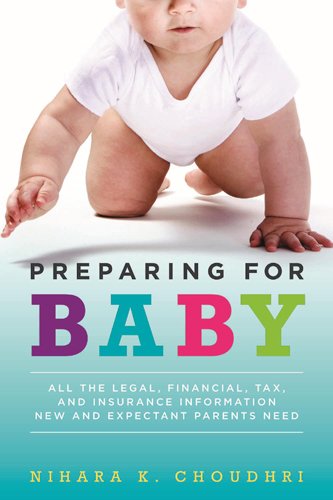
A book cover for Preparing for Baby: All the Legal, Financial, Tax, and Insurance Information New and Expectant Parents Need; Nihara K. Choudhri; Law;